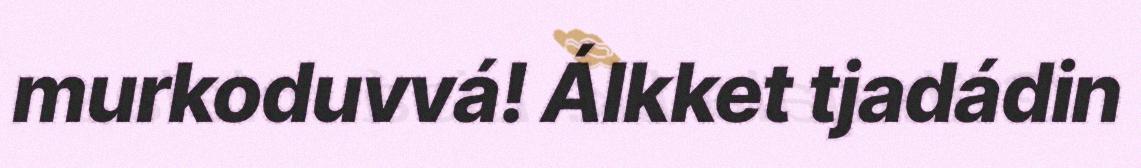
murkoduvvá! Álkket tjadádin